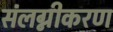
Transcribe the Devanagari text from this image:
संलग्नीकरण